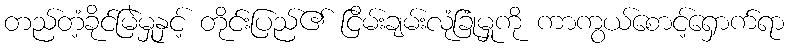
တည်တံ့ခိုင်မြဲမှုနှင့် တိုင်းပြည်၏ ငြိမ်းချမ်းလုံခြုံမှုကို ကာကွယ်စောင့်ရှောက်ရာ